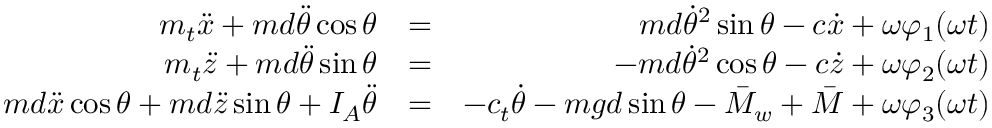
\begin{array} { r l r } { m _ { t } \ddot { x } + m d \ddot { \theta } \cos \theta } & { = } & { m d \dot { \theta } ^ { 2 } \sin \theta - c \dot { x } + \omega \varphi _ { 1 } ( \omega t ) } \\ { m _ { t } \ddot { z } + m d \ddot { \theta } \sin \theta } & { = } & { - m d \dot { \theta } ^ { 2 } \cos \theta - c \dot { z } + \omega \varphi _ { 2 } ( \omega t ) } \\ { m d \ddot { x } \cos \theta + m d \ddot { z } \sin \theta + I _ { A } \ddot { \theta } } & { = } & { - c _ { t } \dot { \theta } - m g d \sin \theta - \bar { M } _ { w } + \bar { M } + \omega \varphi _ { 3 } ( \omega t ) } \end{array}